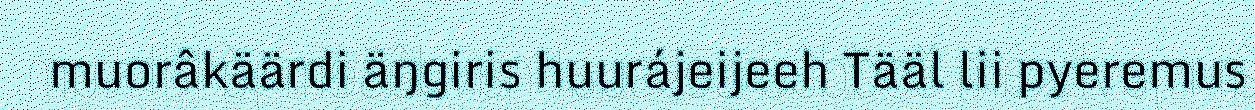
muorâkäärdi äŋgiris huurájeijeeh Tääl lii pyeremus